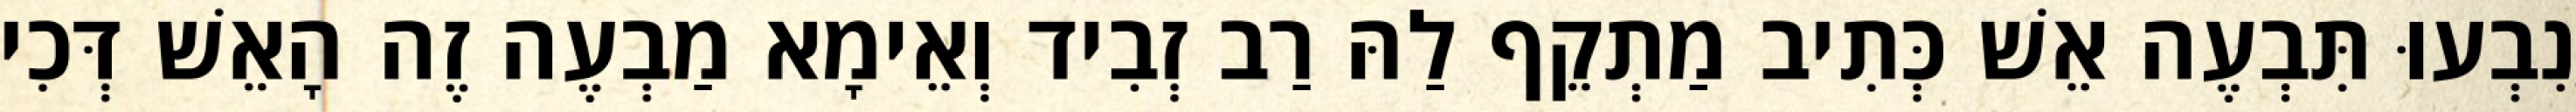
נִבְעוּ תִּבְעֶה אֵשׁ כְּתִיב מַתְקֵף לַהּ רַב זְבִיד וְאֵימָא מַבְעֶה זֶה הָאֵשׁ דְּכִי